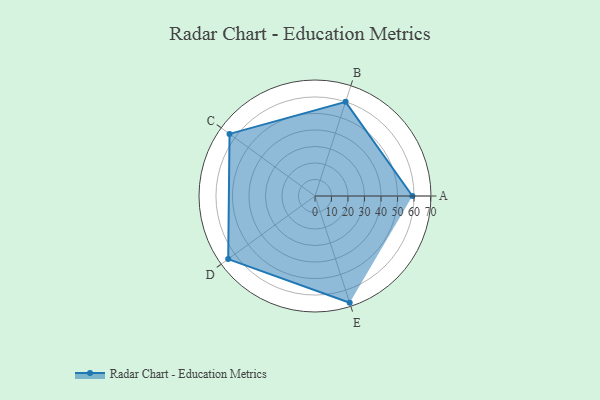
{"axis": {"x": "Skill", "y": "Score"}, "legend": ["Profile"], "data": [{"x": "A", "y": 59.0, "type": "Profile"}, {"x": "B", "y": 60.0, "type": "Profile"}, {"x": "C", "y": 64.0, "type": "Profile"}, {"x": "D", "y": 65.0, "type": "Profile"}, {"x": "E", "y": 68.0, "type": "Profile"}]}